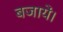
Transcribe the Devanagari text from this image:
बजायें।